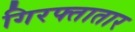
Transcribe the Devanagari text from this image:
गिरफ्तातार